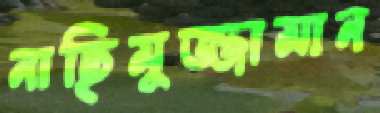
নাছিমুজ্জামান